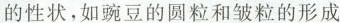
的性状，如豌豆的圆粒和皱粒的形成